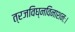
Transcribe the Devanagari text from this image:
त्रजविघ्नविनाशनः।